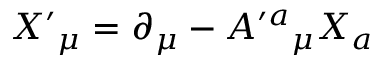
X ^ { \prime } { } _ { \mu } = \partial _ { \mu } - A ^ { \prime a } { } _ { \mu } X _ { a }